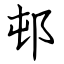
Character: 邨